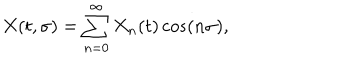
LaTeX: X ( t , \sigma ) = \sum _ { n = 0 } ^ { \infty } X _ { n } ( t ) \cos ( n \sigma ) ,